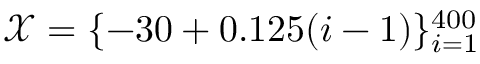
\mathcal { X } = \{ - 3 0 + 0 . 1 2 5 ( i - 1 ) \} _ { i = 1 } ^ { 4 0 0 }